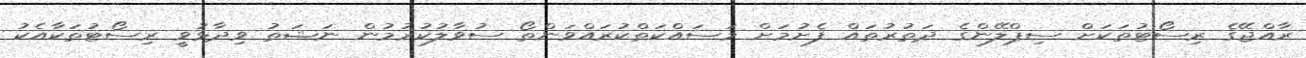
ރާއްޖޭގެ ރިސޯޓުތަކަށް ސިޕްލޭންގެ ދަތުރުތައް ފެށުމަށް މަސައްކަތްކުރައްވަންތޯ ސުވާލުކުރުމުން ނަޝަތު ވިދާޅުވީ ރިސޯޓުތަކާއެކު